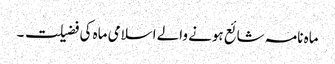
ماہ نامہ شائع ہونے والے اسلامی ماہ کی فضیلت ۔